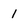
Character: 1